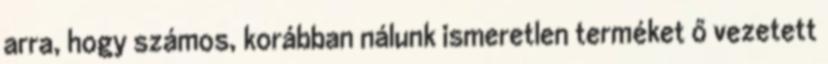
arra, hogy számos, korábban nálunk ismeretlen terméket ő vezetett